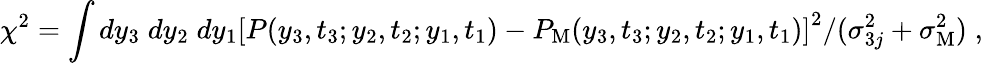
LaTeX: \chi^{2}=\int dy_{3}\; dy_{2}\; dy_{1}\left[P(y_{3},t_{3};y_{2},t_{2};y_{1},t_{1})-P_{\mathrm{M}}(y_{3},t_{3};y_{2},t_{2};y_{1},t_{1})\right]^{2}/(\sigma_{3j}^{2}+\sigma_{\mathrm{M}}^{2})\; ,